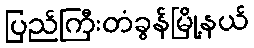
ပြည်ကြီးတံခွန်မြို့နယ်